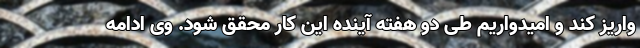
واریز کند و امیدواریم طی دو هفته آینده این کار محقق شود. وی ادامه